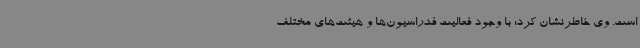
است. وی خاطرنشان کرد: با وجود فعالیت فدراسیون‌ها و هیئت‌های مختلف